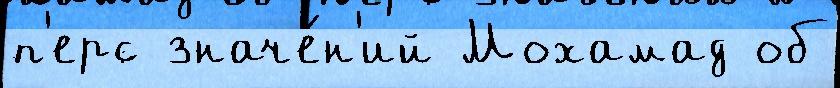
п'ерс значе́н'ий Мохамад об